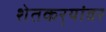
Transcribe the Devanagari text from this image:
शेतकर्‍यांवर